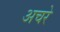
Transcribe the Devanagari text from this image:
अचरे